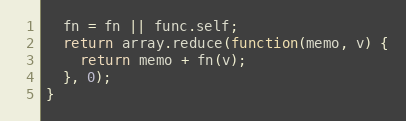
Language: JavaScript
  fn = fn || func.self;
  return array.reduce(function(memo, v) {
    return memo + fn(v);
  }, 0);
}